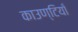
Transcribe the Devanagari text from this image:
काउण्टियाँ